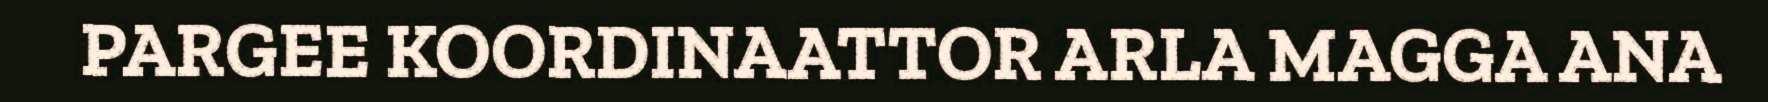
PARGEE KOORDINAATTOR ARLA MAGGA ANA